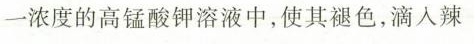
一浓度的高锰酸钾溶液中，使其褪色，滴入辣